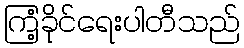
ကြံ့ခိုင်ရေးပါတီသည်